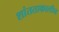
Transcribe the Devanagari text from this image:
शांतताकालीन